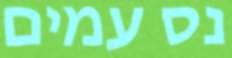
נס עמים